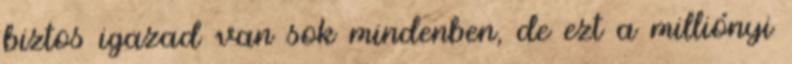
biztos igazad van sok mindenben, de ezt a milliónyi